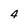
Character: 4